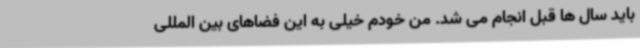
باید سال ها قبل انجام می شد. من خودم خیلی به این فضاهای بین المللی